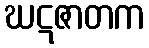
ဃဋဇာတက